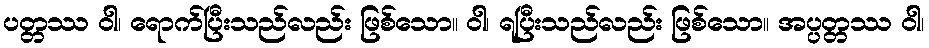
ပတ္တဿ ဝါ၊ ရောက်ပြီးသည်လည်း ဖြစ်သော။ ဝါ၊ ရပြီးသည်လည်း ဖြစ်သော။ အပ္ပတ္တဿ ဝါ၊